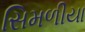
સિમળીયા